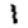
Digit: 1